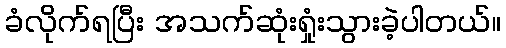
ခံလိုက်ရပြီး အသက်ဆုံးရှုံးသွားခဲ့ပါတယ်။